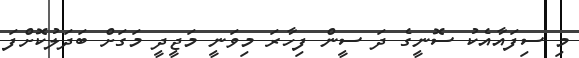
މި ސިފައާއެކު ސޮނީގެ ދަ ސީން ފިހާރަ މިވަނީ މަޖީދީ މަގަށް ބަދަލުކޮށްފަ